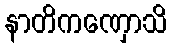
နာတိကဏှောသိ